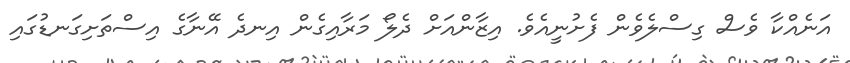
އަނެއްކާ ވެސް ގިސްލެވެން ފެށުނީއެވެ. އިޒާންއަށް ދެލޯ މަރާއިގެން އިނދެ އޭނާގެ އިސްތަށިގަނޑުގައި